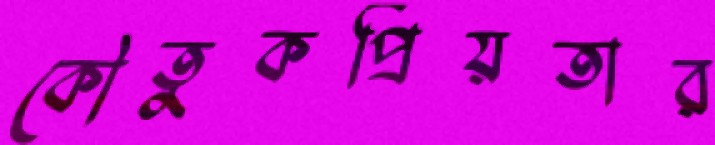
কৌতুকপ্রিয়তার